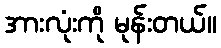
အားလုံးကို မုန်းတယ်။